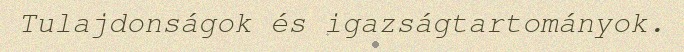
Tulajdonságok és igazságtartományok.